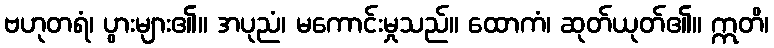
ဗဟုတရံ၊ ပွားများ၏။ အပုညံ၊ မကောင်းမှုသည်။ ထောကံ၊ ဆုတ်ယုတ်၏။ ဣတိ၊